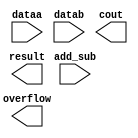
// megafunction wizard: %LPM_ADD_SUB%VBB%
// GENERATION: STANDARD
// VERSION: WM1.0
// MODULE: LPM_ADD_SUB 

// ============================================================
// Megafunction Name(s):
// 			LPM_ADD_SUB
//
// Simulation Library Files(s):
// 			lpm
// ============================================================
// ************************************************************
// THIS IS A WIZARD-GENERATED FILE. DO NOT EDIT THIS FILE!
//
// 13.0.1 Build 232 06/12/2013 SP 1 SJ Web Edition
// ************************************************************

//Copyright (C) 1991-2013 Altera Corporation
//Your use of Altera Corporation's design tools, logic functions 
//and other software and tools, and its AMPP partner logic 
//functions, and any output files from any of the foregoing 
//(including device programming or simulation files), and any 
//associated documentation or information are expressly subject 
//to the terms and conditions of the Altera Program License 
//Subscription Agreement, Altera MegaCore Function License 
//Agreement, or other applicable license agreement, including, 
//without limitation, that your use is for the sole purpose of 
//programming logic devices manufactured by Altera and sold by 
//Altera or its authorized distributors.  Please refer to the 
//applicable agreement for further details.

module add_sub_mega (
	add_sub,
	dataa,
	datab,
	cout,
	overflow,
	result);

	input	  add_sub;
	input	[31:0]  dataa;
	input	[31:0]  datab;
	output	  cout;
	output	  overflow;
	output	[31:0]  result;

endmodule

// ============================================================
// CNX file retrieval info
// ============================================================
// Retrieval info: PRIVATE: CarryIn NUMERIC "0"
// Retrieval info: PRIVATE: CarryOut NUMERIC "1"
// Retrieval info: PRIVATE: ConstantA NUMERIC "0"
// Retrieval info: PRIVATE: ConstantB NUMERIC "0"
// Retrieval info: PRIVATE: Function NUMERIC "2"
// Retrieval info: PRIVATE: INTENDED_DEVICE_FAMILY STRING "Cyclone IV GX"
// Retrieval info: PRIVATE: LPM_PIPELINE NUMERIC "0"
// Retrieval info: PRIVATE: Latency NUMERIC "0"
// Retrieval info: PRIVATE: Overflow NUMERIC "1"
// Retrieval info: PRIVATE: RadixA NUMERIC "10"
// Retrieval info: PRIVATE: RadixB NUMERIC "10"
// Retrieval info: PRIVATE: Representation NUMERIC "0"
// Retrieval info: PRIVATE: SYNTH_WRAPPER_GEN_POSTFIX STRING "0"
// Retrieval info: PRIVATE: ValidCtA NUMERIC "0"
// Retrieval info: PRIVATE: ValidCtB NUMERIC "0"
// Retrieval info: PRIVATE: WhichConstant NUMERIC "0"
// Retrieval info: PRIVATE: aclr NUMERIC "0"
// Retrieval info: PRIVATE: clken NUMERIC "0"
// Retrieval info: PRIVATE: nBit NUMERIC "32"
// Retrieval info: PRIVATE: new_diagram STRING "1"
// Retrieval info: LIBRARY: lpm lpm.lpm_components.all
// Retrieval info: CONSTANT: LPM_DIRECTION STRING "UNUSED"
// Retrieval info: CONSTANT: LPM_HINT STRING "ONE_INPUT_IS_CONSTANT=NO,CIN_USED=NO"
// Retrieval info: CONSTANT: LPM_REPRESENTATION STRING "SIGNED"
// Retrieval info: CONSTANT: LPM_TYPE STRING "LPM_ADD_SUB"
// Retrieval info: CONSTANT: LPM_WIDTH NUMERIC "32"
// Retrieval info: USED_PORT: add_sub 0 0 0 0 INPUT NODEFVAL "add_sub"
// Retrieval info: USED_PORT: cout 0 0 0 0 OUTPUT NODEFVAL "cout"
// Retrieval info: USED_PORT: dataa 0 0 32 0 INPUT NODEFVAL "dataa[31..0]"
// Retrieval info: USED_PORT: datab 0 0 32 0 INPUT NODEFVAL "datab[31..0]"
// Retrieval info: USED_PORT: overflow 0 0 0 0 OUTPUT NODEFVAL "overflow"
// Retrieval info: USED_PORT: result 0 0 32 0 OUTPUT NODEFVAL "result[31..0]"
// Retrieval info: CONNECT: @add_sub 0 0 0 0 add_sub 0 0 0 0
// Retrieval info: CONNECT: @dataa 0 0 32 0 dataa 0 0 32 0
// Retrieval info: CONNECT: @datab 0 0 32 0 datab 0 0 32 0
// Retrieval info: CONNECT: cout 0 0 0 0 @cout 0 0 0 0
// Retrieval info: CONNECT: overflow 0 0 0 0 @overflow 0 0 0 0
// Retrieval info: CONNECT: result 0 0 32 0 @result 0 0 32 0
// Retrieval info: GEN_FILE: TYPE_NORMAL add_sub_mega.v TRUE
// Retrieval info: GEN_FILE: TYPE_NORMAL add_sub_mega.inc FALSE
// Retrieval info: GEN_FILE: TYPE_NORMAL add_sub_mega.cmp FALSE
// Retrieval info: GEN_FILE: TYPE_NORMAL add_sub_mega.bsf TRUE FALSE
// Retrieval info: GEN_FILE: TYPE_NORMAL add_sub_mega_inst.v FALSE
// Retrieval info: GEN_FILE: TYPE_NORMAL add_sub_mega_bb.v TRUE
// Retrieval info: LIB_FILE: lpm